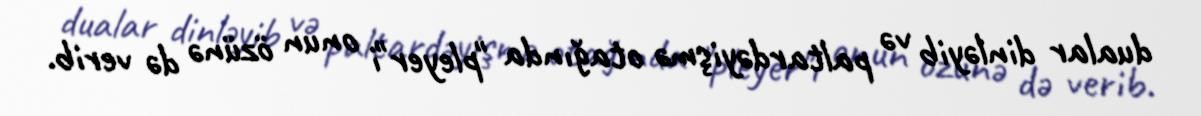
dualar dinləyib və paltardəyişmə otağında "pleyer"i onun özünə də verib.